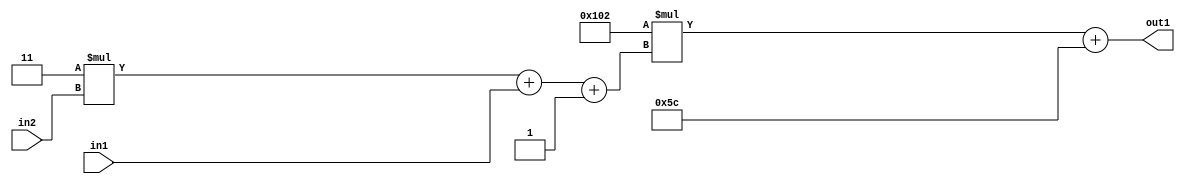
`timescale 1ps / 1ps
/*****************************************************************************
    Verilog RTL Description
    
    
    Created by: Stratus DpOpt 2019.1.01 
*******************************************************************************/

module DC_Filter_Add2i92Mul2i258Add3i1u1Mul2i3u2_4 (
	in2,
	in1,
	out1
	); /* architecture "behavioural" */ 
input [1:0] in2;
input  in1;
output [11:0] out1;
wire [11:0] asc001;
wire [3:0] asc002;

wire [3:0] asc002_tmp_0;
wire [3:0] asc002_tmp_1;
assign asc002_tmp_1 = 
	+(4'B0011 * in2);
assign asc002_tmp_0 = asc002_tmp_1
	+(in1);
assign asc002 = asc002_tmp_0
	+(4'B0001);

wire [11:0] asc001_tmp_2;
assign asc001_tmp_2 = 
	+(12'B000100000010 * asc002);
assign asc001 = asc001_tmp_2
	+(12'B000001011100);

assign out1 = asc001;
endmodule

/* CADENCE  vrP1Tg4= : u9/ySgnWtBlWxVPRXgAZ4Og= ** DO NOT EDIT THIS LINE ******/